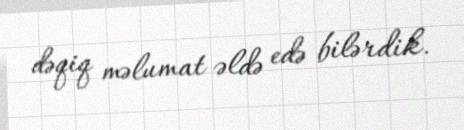
dəqiq məlumat əldə edə bilərdik.